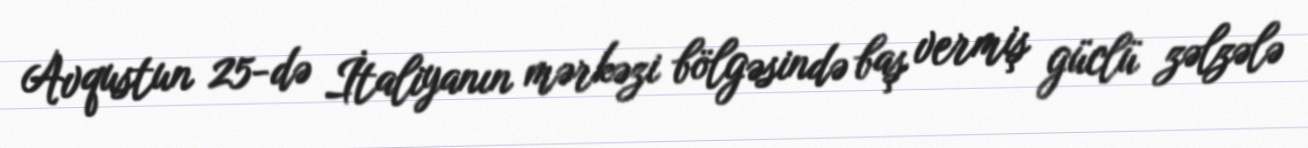
Avqustun 25-də İtaliyanın mərkəzi bölgəsində baş vermiş güclü zəlzələ